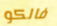
فالكو